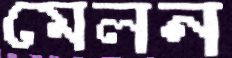
মেলন